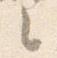
之